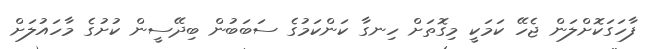
ފާހަގަކޮށްލަން ޖެހޭ ކަމަކީ މިގޮތަށް ހިނގާ ކަންކަމުގެ ސަބަބުން ބިދޭސީން ކުށުގެ މާހައުލަށް